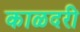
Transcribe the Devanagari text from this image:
काळदरी